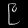
Digit: ၉